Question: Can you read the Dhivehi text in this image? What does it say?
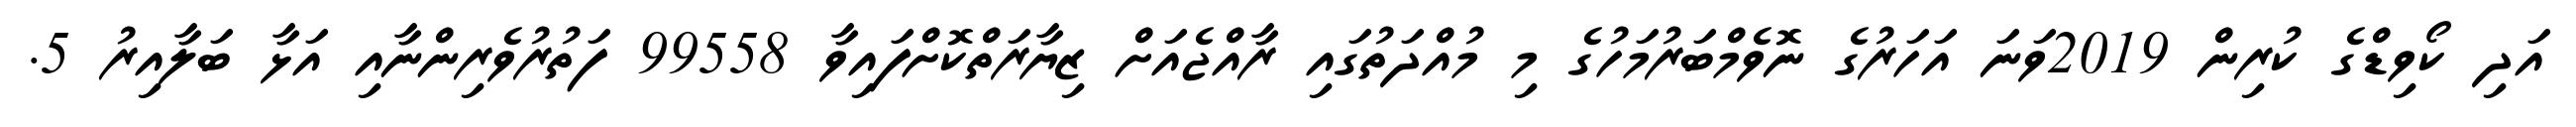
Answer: އަދި ކޯވިޑްގެ ކުރިން 2019ވަނަ އަހަރުގެ ނޮވެމްބަރުމަހުގެ މި މުއްދަތުގައި ރާއްޖެއަށް ޒިޔާރަތްކޮށްފައިވާ 99558 ފަތުރުވެރިންނާއި އަޅާ ބަލާއިރު 5.